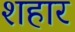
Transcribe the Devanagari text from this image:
शहार